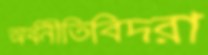
অর্থনীতিবিদরা